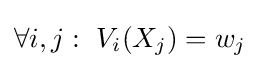
\forall {i,j}:\ V_{i}(X_{j})=w_{j}